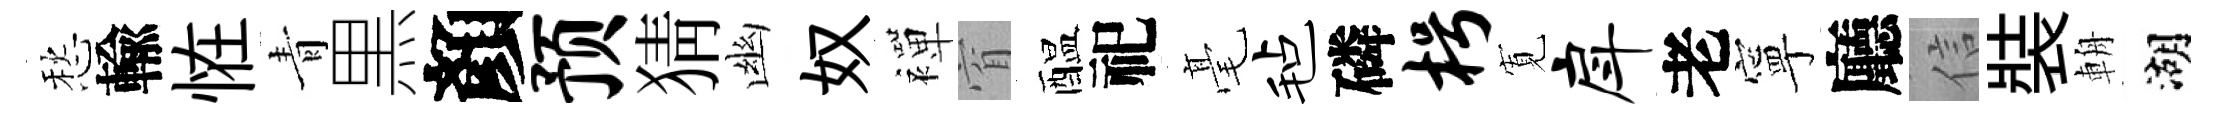
愁輸恠青黒顏预猜幽奴襌窅醖祀毫毡磷枵𡩖戽老寧廳信裝輈湖